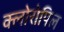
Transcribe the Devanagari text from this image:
क्लोरोपिल